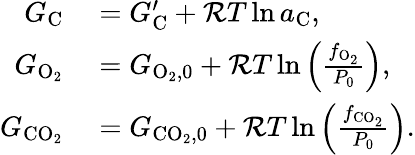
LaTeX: \begin{array}{rl}{G_{\mathrm{C}}}&{{}=G_{\mathrm{C}}^{\prime}+{\cal R}T\ln{a_{\mathrm{C}}},}\\ {G_{\mathrm{O_{2}}}}&{{}=G_{\mathrm{O_{2},0}}+{\cal R}T\ln{\left(\frac{f_{\mathrm{O_{2}}}}{P_{0}}\right)},}\\ {G_{\mathrm{CO_{2}}}}&{{}=G_{\mathrm{CO_{2},0}}+{\cal R}T\ln{\left(\frac{f_{\mathrm{CO_{2}}}}{P_{0}}\right)}.}\end{array}